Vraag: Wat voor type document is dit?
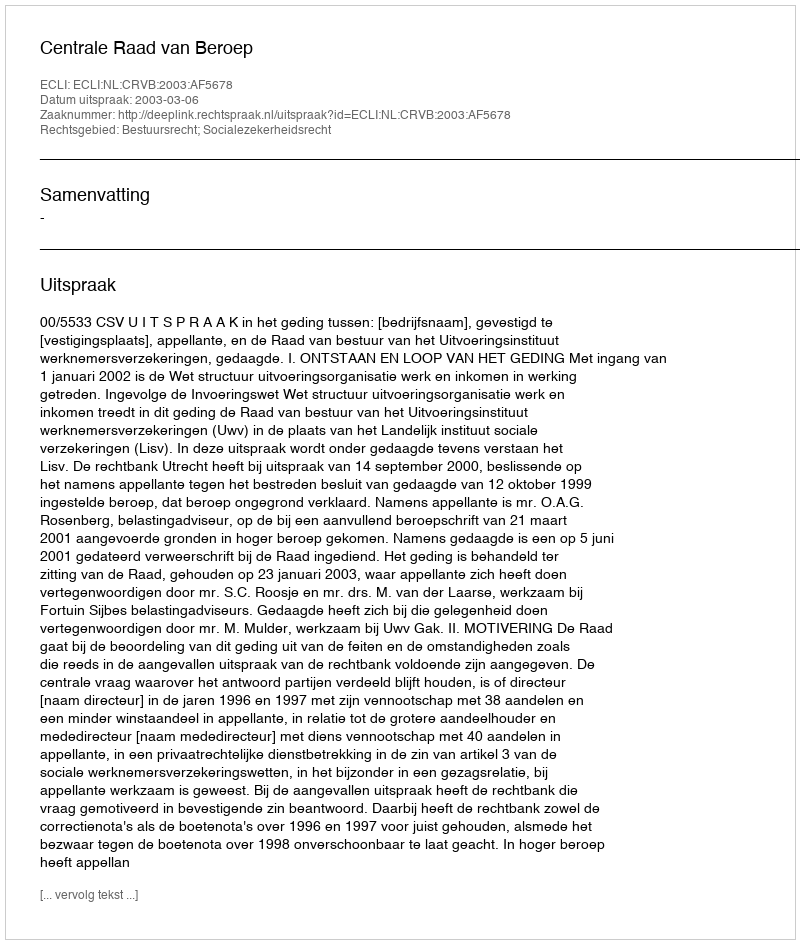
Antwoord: Uitspraak